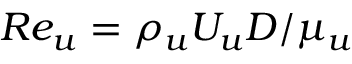
R e _ { u } = \rho _ { u } U _ { u } D / \mu _ { u }